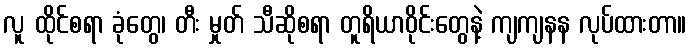
လူ ထိုင်စရာ ခုံတွေ၊ တီး မှုတ် သီဆိုစရာ တူရိယာဝိုင်းတွေနဲ့ ကျကျနန လုပ်ထားတာ။